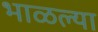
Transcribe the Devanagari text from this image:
भाळल्या